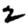
Digit: 2